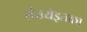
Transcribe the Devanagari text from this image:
संख्येइतका